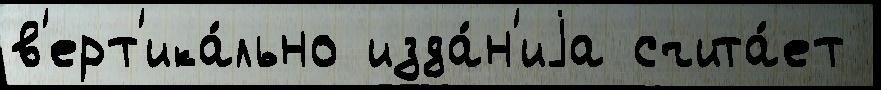
в'ерт'ика́льно изда́н'иjа счита́ет